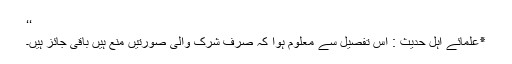
‘‘
٭علمائے اہل حدیث : اس تفصیل سے معلوم ہوا کہ صرف شرک والی صورتیں منع ہیں باقی جائز ہیں۔